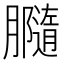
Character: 𦢪